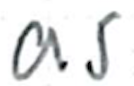
Text: as
Cross-out: clean
Writing tool: ballpoint